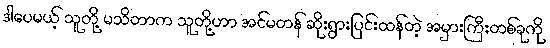
ဒါပေမယ့် သူတို့ မသိတာက သူတို့ဟာ အင်မတန် ဆိုးရွားပြင်းထန်တဲ့ အမှားကြီးတစ်ခုကို